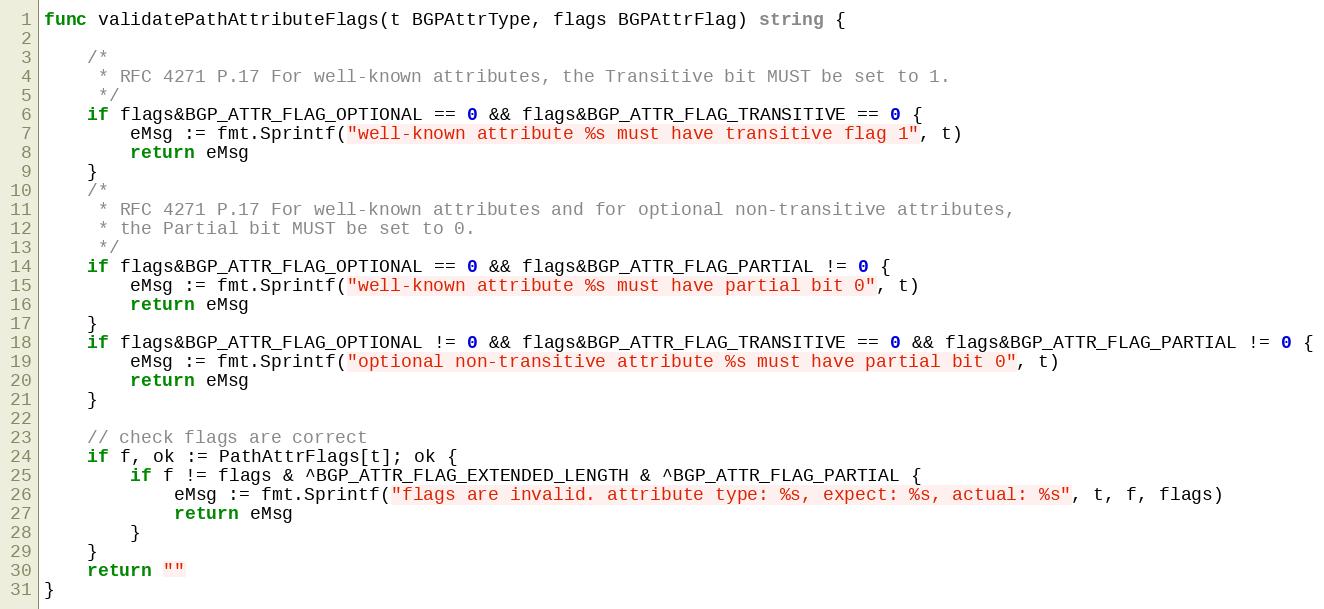
Language: Go
func validatePathAttributeFlags(t BGPAttrType, flags BGPAttrFlag) string {

	/*
	 * RFC 4271 P.17 For well-known attributes, the Transitive bit MUST be set to 1.
	 */
	if flags&BGP_ATTR_FLAG_OPTIONAL == 0 && flags&BGP_ATTR_FLAG_TRANSITIVE == 0 {
		eMsg := fmt.Sprintf("well-known attribute %s must have transitive flag 1", t)
		return eMsg
	}
	/*
	 * RFC 4271 P.17 For well-known attributes and for optional non-transitive attributes,
	 * the Partial bit MUST be set to 0.
	 */
	if flags&BGP_ATTR_FLAG_OPTIONAL == 0 && flags&BGP_ATTR_FLAG_PARTIAL != 0 {
		eMsg := fmt.Sprintf("well-known attribute %s must have partial bit 0", t)
		return eMsg
	}
	if flags&BGP_ATTR_FLAG_OPTIONAL != 0 && flags&BGP_ATTR_FLAG_TRANSITIVE == 0 && flags&BGP_ATTR_FLAG_PARTIAL != 0 {
		eMsg := fmt.Sprintf("optional non-transitive attribute %s must have partial bit 0", t)
		return eMsg
	}

	// check flags are correct
	if f, ok := PathAttrFlags[t]; ok {
		if f != flags & ^BGP_ATTR_FLAG_EXTENDED_LENGTH & ^BGP_ATTR_FLAG_PARTIAL {
			eMsg := fmt.Sprintf("flags are invalid. attribute type: %s, expect: %s, actual: %s", t, f, flags)
			return eMsg
		}
	}
	return ""
}